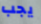
يجب